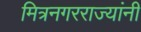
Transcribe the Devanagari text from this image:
मित्रनगरराज्यांनी